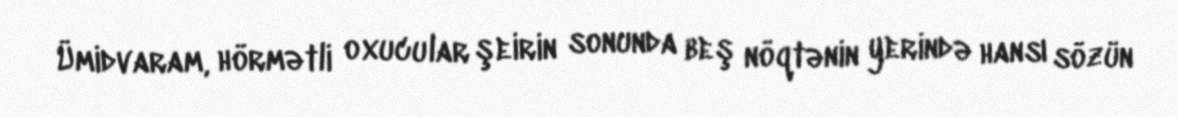
Ümidvaram, hörmətli oxucular şeirin sonunda beş nöqtənin yerində hansı sözün